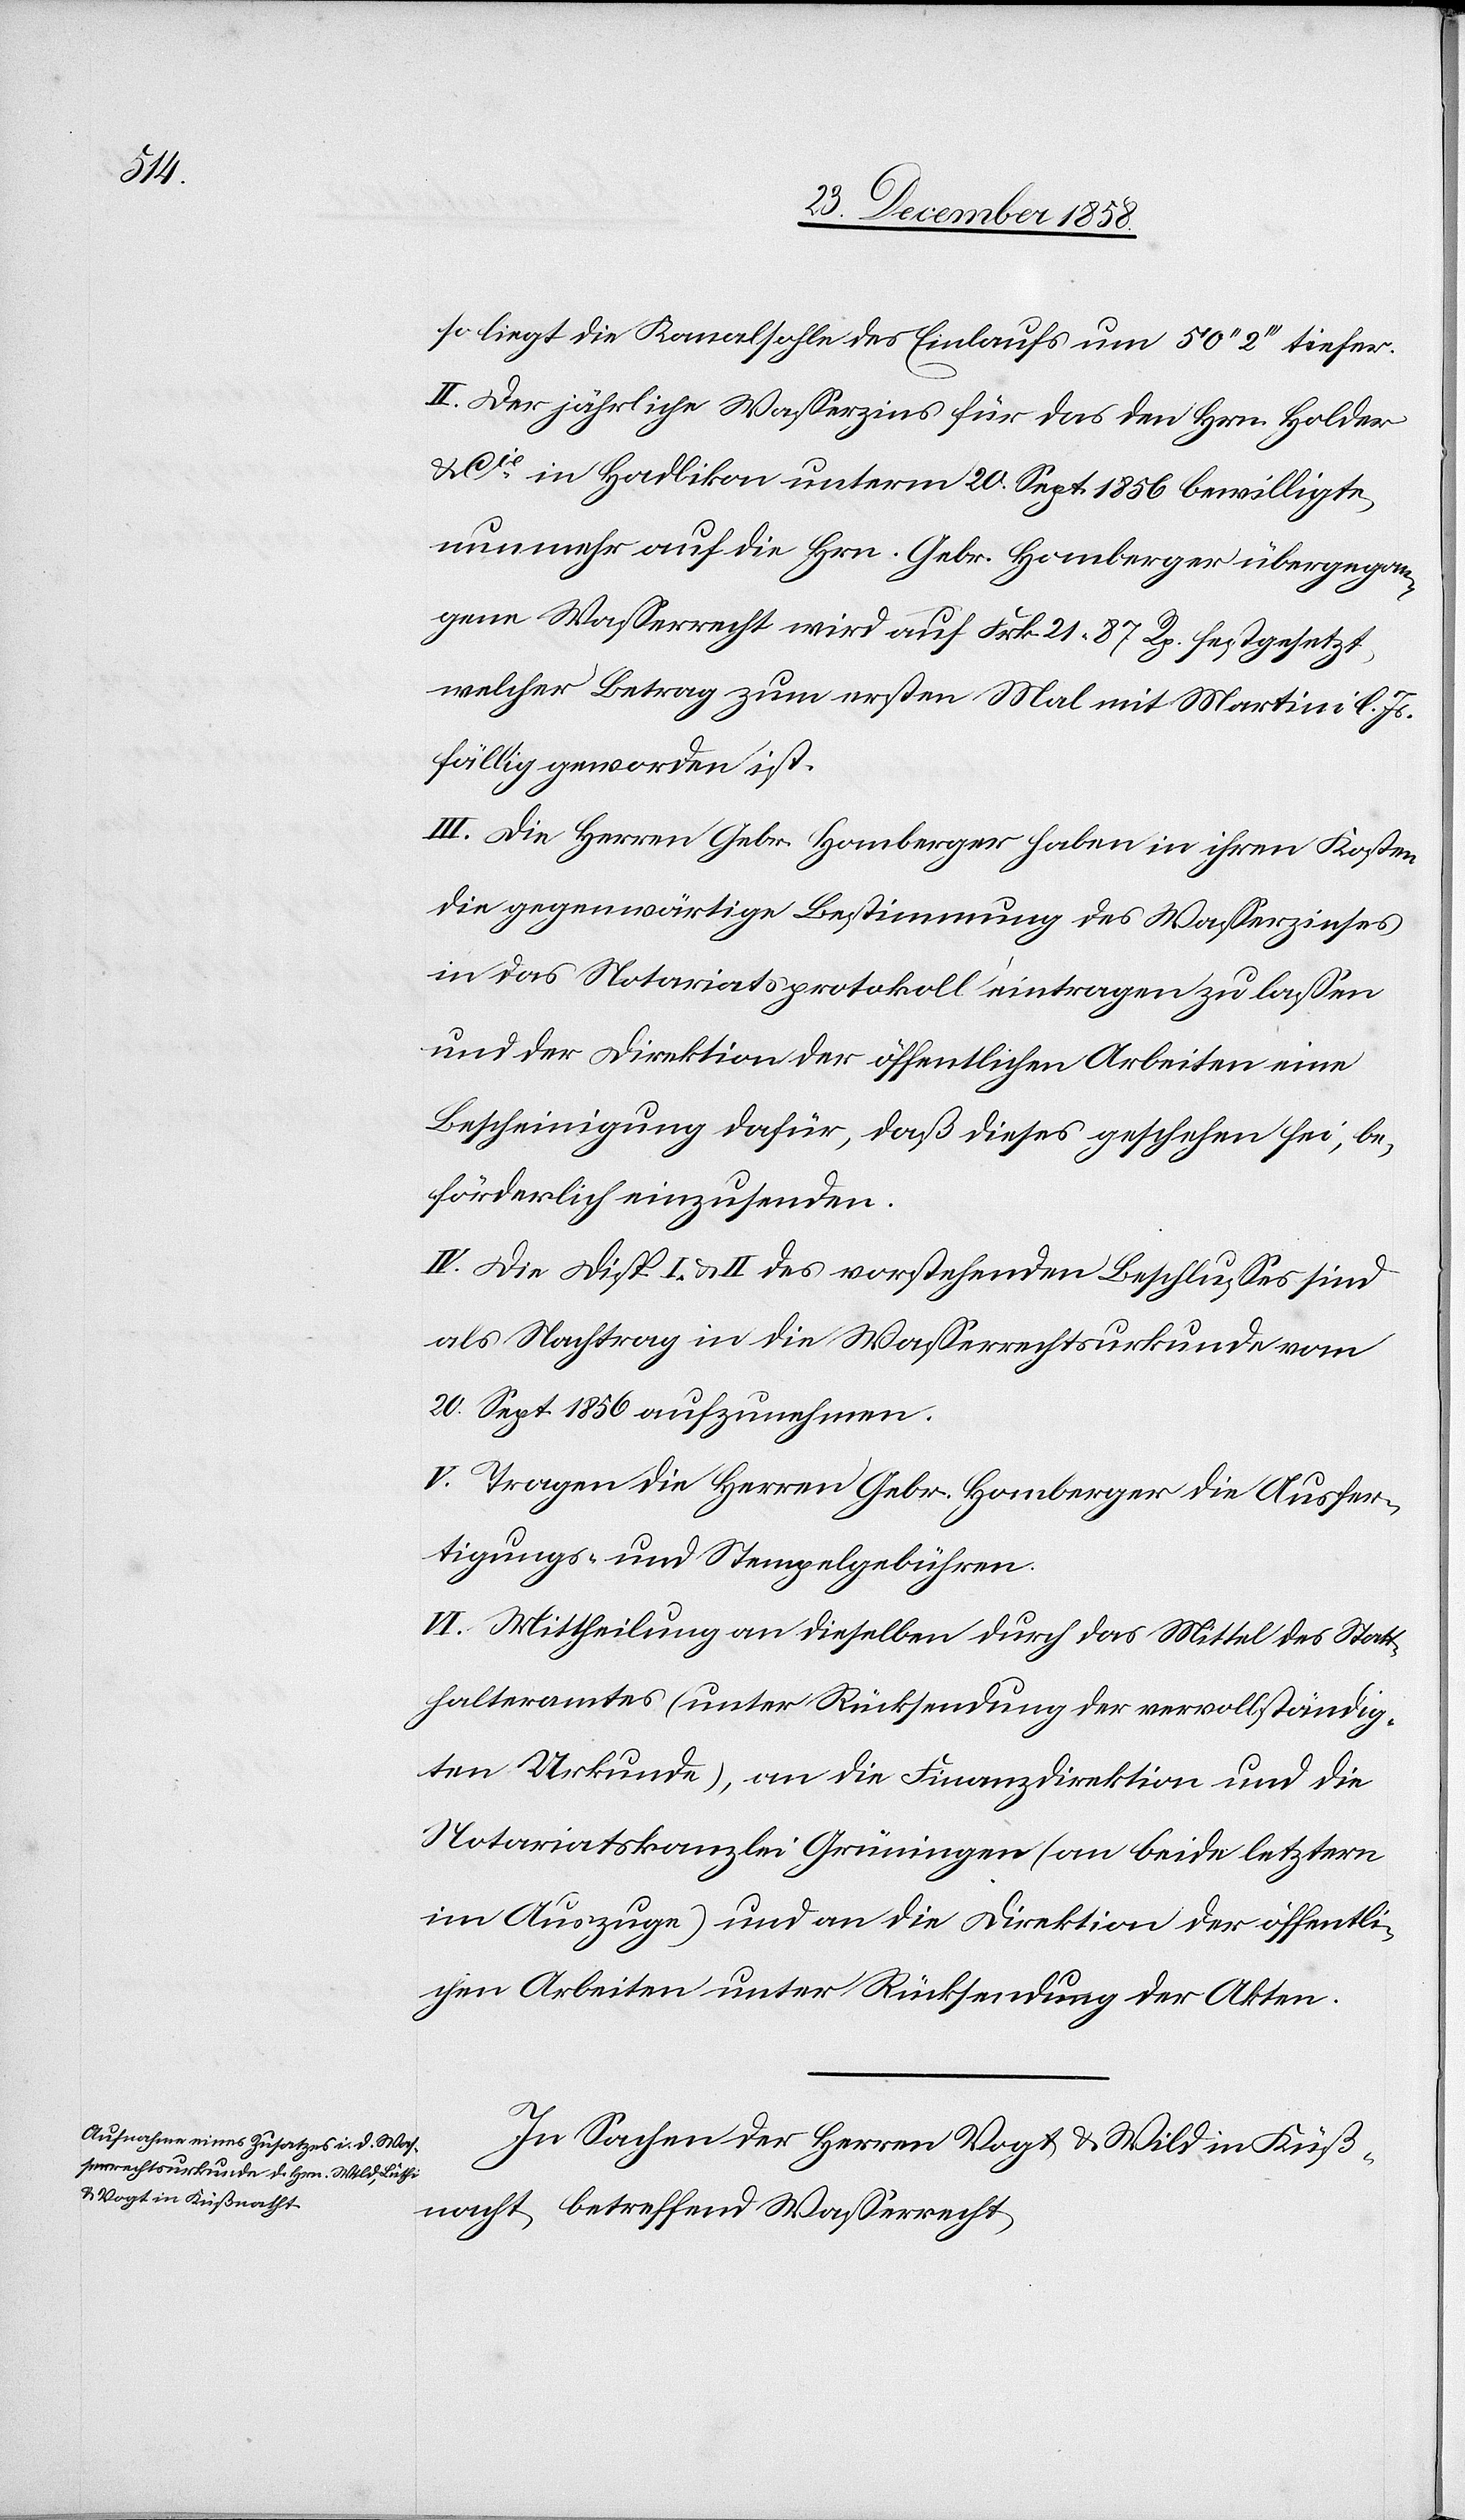
31.

sowie der Direktion der öffentlichen Arbeiten,